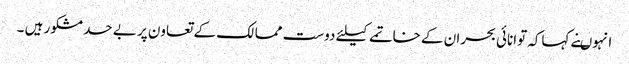
انہوںنے کہاکہ توانائی بحران کے خاتمے کیلئے دوست ممالک کے تعاون پر بے حد مشکور ہیں ۔